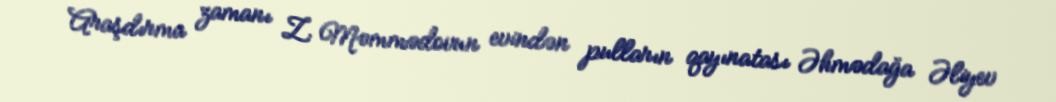
Araşdırma zamanı Z. Məmmədovun evindən pulların qayınatası Əhmədağa Əliyev